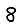
Digit: 8